Lunatic asylums Central Provinces reports 1874-1885 - 1874-1885
Year: 1874
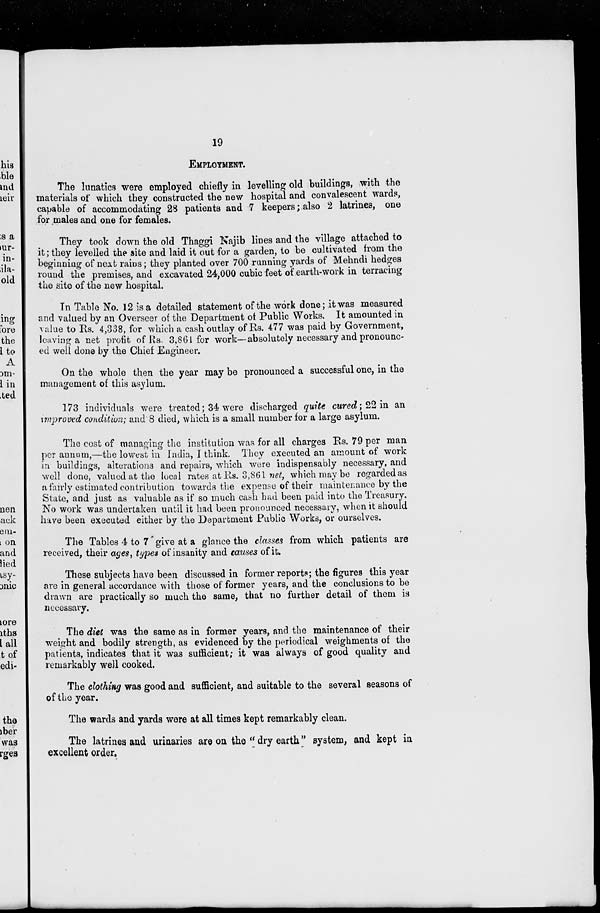
19
EMPLOYMENT.
The lunatics were employed chiefly in levelling old buildings, with the
materials of which they constructed the new hospital and convalescent wards,
capable of accommodating 28 patients and 7 keepers; also 2 latrines, one
for males and one for females.
They took down the old Thaggi Najib lines and the village attached to
it; they levelled the site and laid it out for a garden, to be cultivated from the
beginning of next rains; they planted over 700 running yards of Mehndi hedges
round the premises, and excavated 24,000 cubic feet of earth-work in terracing
the site of the new hospital.
In Table No. 12 is a detailed statement of the work done; it was measured
and valued by an Overseer of the Department of Public Works. It amounted in
value to Rs. 4,338, for which a cash outlay of Rs. 477 was paid by Government,
leaving a net profit of Rs. 3,861 for work—absolutely necessary and pronounc-
ed well done by the Chief Engineer.
On the whole then the year may be pronounced a successful one, in the
management of this asylum.
173 individuals were treated; 34 were discharged quite cured; 22 in an
improved condition; and 8 died, which is a small number for a large asylum.
The cost of managing the institution was for all charges Rs. 79 per man
per annum,—the lowest in India, I think. They executed an amount of work
in buildings, alterations and repairs, which were indispensably necessary, and
well done, valued at the local rates at Rs. 3,861 net, which may be regarded as
a fairly estimated contribution towards the expense of their maintenance by the
State, and just as valuable as if so much cash had been paid into the Treasury.
No work was undertaken until it had been pronounced necessary, when it should
have been executed either by the Department Public Works, or ourselves.
The Tables 4 to 7 give at a glance the classes from which patients are
received, their ages, types of insanity and causes of it.
These subjects have been discussed in former reports; the figures this year
are in general accordance with those of former years, and the conclusions to be
drawn are practically so much the same, that no further detail of them is
necessary.
The diet was the same as in former years, and the maintenance of their
weight and bodily strength, as evidenced by the periodical weighments of the
patients, indicates that it was sufficient; it was always of good quality and
remarkably well cooked.
The clothing was good and sufficient, and suitable to the several seasons of
of the year.
The wards and yards were at all times kept remarkably clean.
The latrines and urinaries are on the "dry earth" system, and kept in
excellent order.